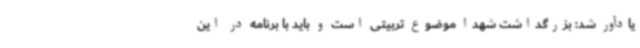
یادآور شد: بزرگداشت شهدا موضوع تربیتی است و باید با برنامه در این